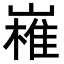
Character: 𭗔